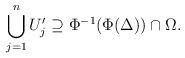
LaTeX: \begin{align*}\bigcup_{j=1}^n U_j' \supseteq \Phi ^{-1}(\Phi ( \Delta )) \cap \Omega. \end{align*}